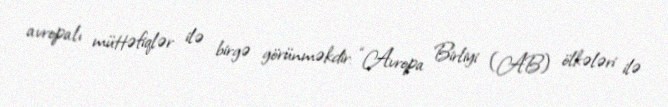
avropalı müttəfiqlər ilə birgə görünməkdir: “Avropa Birliyi (AB) ölkələri ilə